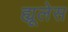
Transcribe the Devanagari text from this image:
ह्यूलेस